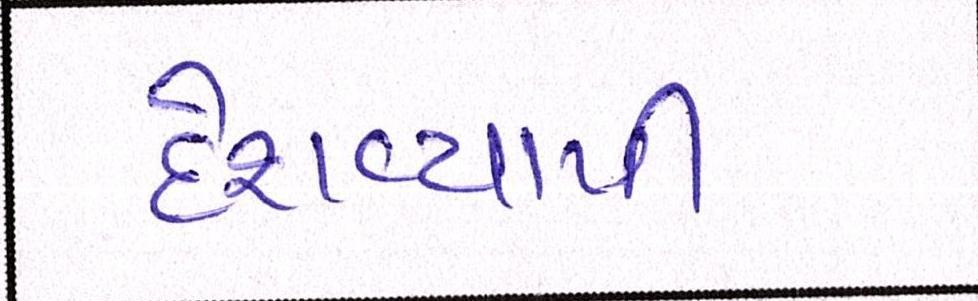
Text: દેશવ્યાપી